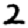
Digit: 2